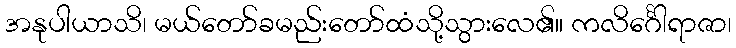
အနုပါယာသိ၊ မယ်တော်ခမည်းတော်ထံသို့သွားလေ၏။ ကလိင်္ဂေါရာဇာ၊